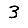
Digit: 3